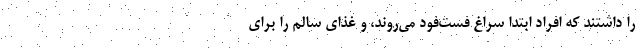
را داشتند که افراد ابتدا سراغ فست‌فود می‌روند، و غذای سالم را برای